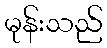
မုန်းသည်